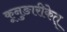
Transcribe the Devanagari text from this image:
कूनुङारीकेत्